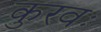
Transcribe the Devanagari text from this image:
कुरवः